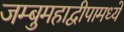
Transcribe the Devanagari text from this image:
जम्बुमहाद्वीपामध्ये